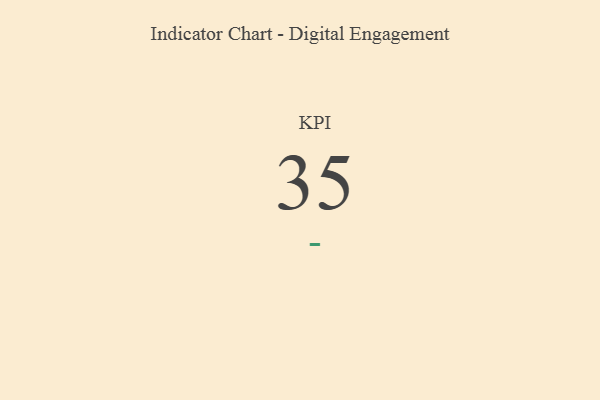
{"axis": {"x": "KPI", "y": "Value"}, "legend": [""], "data": [{"x": "KPI", "y": 35, "type": ""}]}